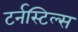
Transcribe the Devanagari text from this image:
टर्नस्टिल्स